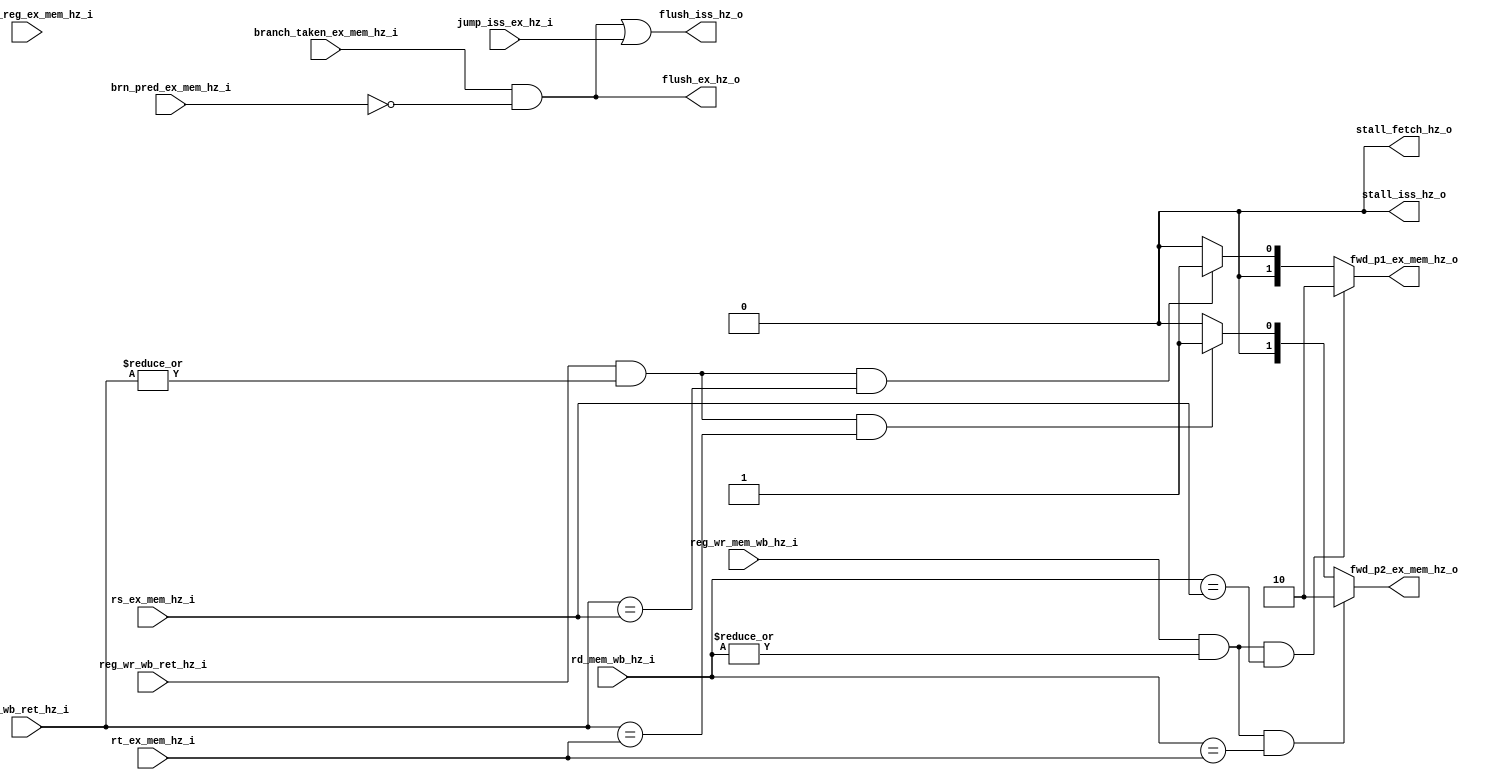
module hazard_unit
    (
        input   wire[4:0]   rs_ex_mem_hz_i,
        input   wire[4:0]   rt_ex_mem_hz_i,
        input   wire[4:0]   rd_mem_wb_hz_i,
        input   wire[4:0]   rd_wb_ret_hz_i,
        input   wire        mem_to_reg_ex_mem_hz_i,
        input   wire        reg_wr_mem_wb_hz_i,
        input   wire        reg_wr_wb_ret_hz_i,
        input   wire        branch_taken_ex_mem_hz_i,
        input   wire        jump_iss_ex_hz_i,
        input   wire        brn_pred_ex_mem_hz_i,
        output  wire        stall_fetch_hz_o,
        output  wire        stall_iss_hz_o,
        output  wire        flush_ex_hz_o,
        output  wire        flush_iss_hz_o,
        output  wire[1:0]   fwd_p1_ex_mem_hz_o,
        output  wire[1:0]   fwd_p2_ex_mem_hz_o
    );

    wire        stall_fetch_hz;
    wire        stall_iss_hz;
    wire        flush_ex_hz;
    wire        flush_iss_hz;
    wire[1:0]   fwd_p1_ex_mem_hz;
    wire[1:0]   fwd_p2_ex_mem_hz;

    assign  stall_fetch_hz_o    = stall_fetch_hz;
    assign  stall_iss_hz_o      = stall_iss_hz;
    assign  flush_ex_hz_o       = flush_ex_hz;
    assign  flush_iss_hz_o      = flush_iss_hz;
    assign  fwd_p1_ex_mem_hz_o  = fwd_p1_ex_mem_hz; 
    assign  fwd_p2_ex_mem_hz_o  = fwd_p2_ex_mem_hz; 
 
    // Forward the data only when we are writing to a non-zero register
    // in the WB/MEM stage and the same register is being read at the
    // EX stage
    assign  fwd_p1_ex_mem_hz = (reg_wr_mem_wb_hz_i & |rd_mem_wb_hz_i &
                               (rd_mem_wb_hz_i == rs_ex_mem_hz_i)) ? 2'b10 
                               : (reg_wr_wb_ret_hz_i &  |rd_wb_ret_hz_i &                       
                                 (rd_wb_ret_hz_i == rs_ex_mem_hz_i)) ? 2'b01 
                                 : 2'b00;
    assign  fwd_p2_ex_mem_hz = (reg_wr_mem_wb_hz_i & |rd_mem_wb_hz_i &
                               (rd_mem_wb_hz_i == rt_ex_mem_hz_i)) ? 2'b10 
                               : (reg_wr_wb_ret_hz_i & |rd_wb_ret_hz_i &
                                 (rd_wb_ret_hz_i == rt_ex_mem_hz_i)) ? 2'b01 
                                 : 2'b00;
    // All forwarding paths have been implemented
    // There is not need to stall either Fetch or
    // the Issue stage of the pipelines
    assign stall_fetch_hz = 1'b0;
    assign stall_iss_hz = 1'b0;
    // Branches would be resolved in the EXECUTE stage
    // the following signals should be based on those values
    // This is required to flush the value in the EX Pipe register
    // to a NO-OP. 
    assign flush_ex_hz = branch_taken_ex_mem_hz_i & ~brn_pred_ex_mem_hz_i;
    // Jumps would be resolved in the ISSUE (DECODE) stage
    // the following signals should be based on those values
    assign flush_iss_hz = (branch_taken_ex_mem_hz_i & ~brn_pred_ex_mem_hz_i) | jump_iss_ex_hz_i;

endmodule